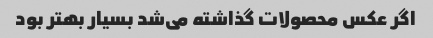
اگر عکس محصولات گذاشته می‌شد بسیار بهتر بود